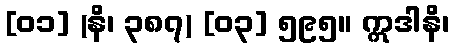
[၀၁] (နိ၊ ၃၈၇) [၀၃] ၅၉၅။ ဣဒါနိ၊